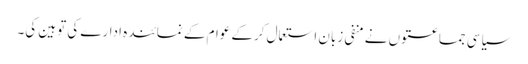
سیاسی جماعتوں نے منفی زبان استعمال کرکے عوام کے نمائندہ ادارے کی توہین کی۔